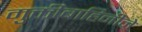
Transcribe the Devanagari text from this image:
मुक्तीबाहिनीने